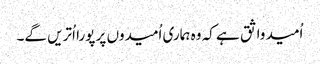
اُمید واثق ہے کہ وہ ہماری اُمیدوں پر پورا اُتریں گے۔